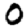
Digit: 0